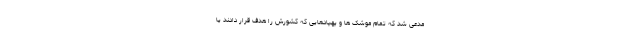
مدعی شد که تمام موشک ها و پهپادهایی که کشورش را هدف قرار دادند یا